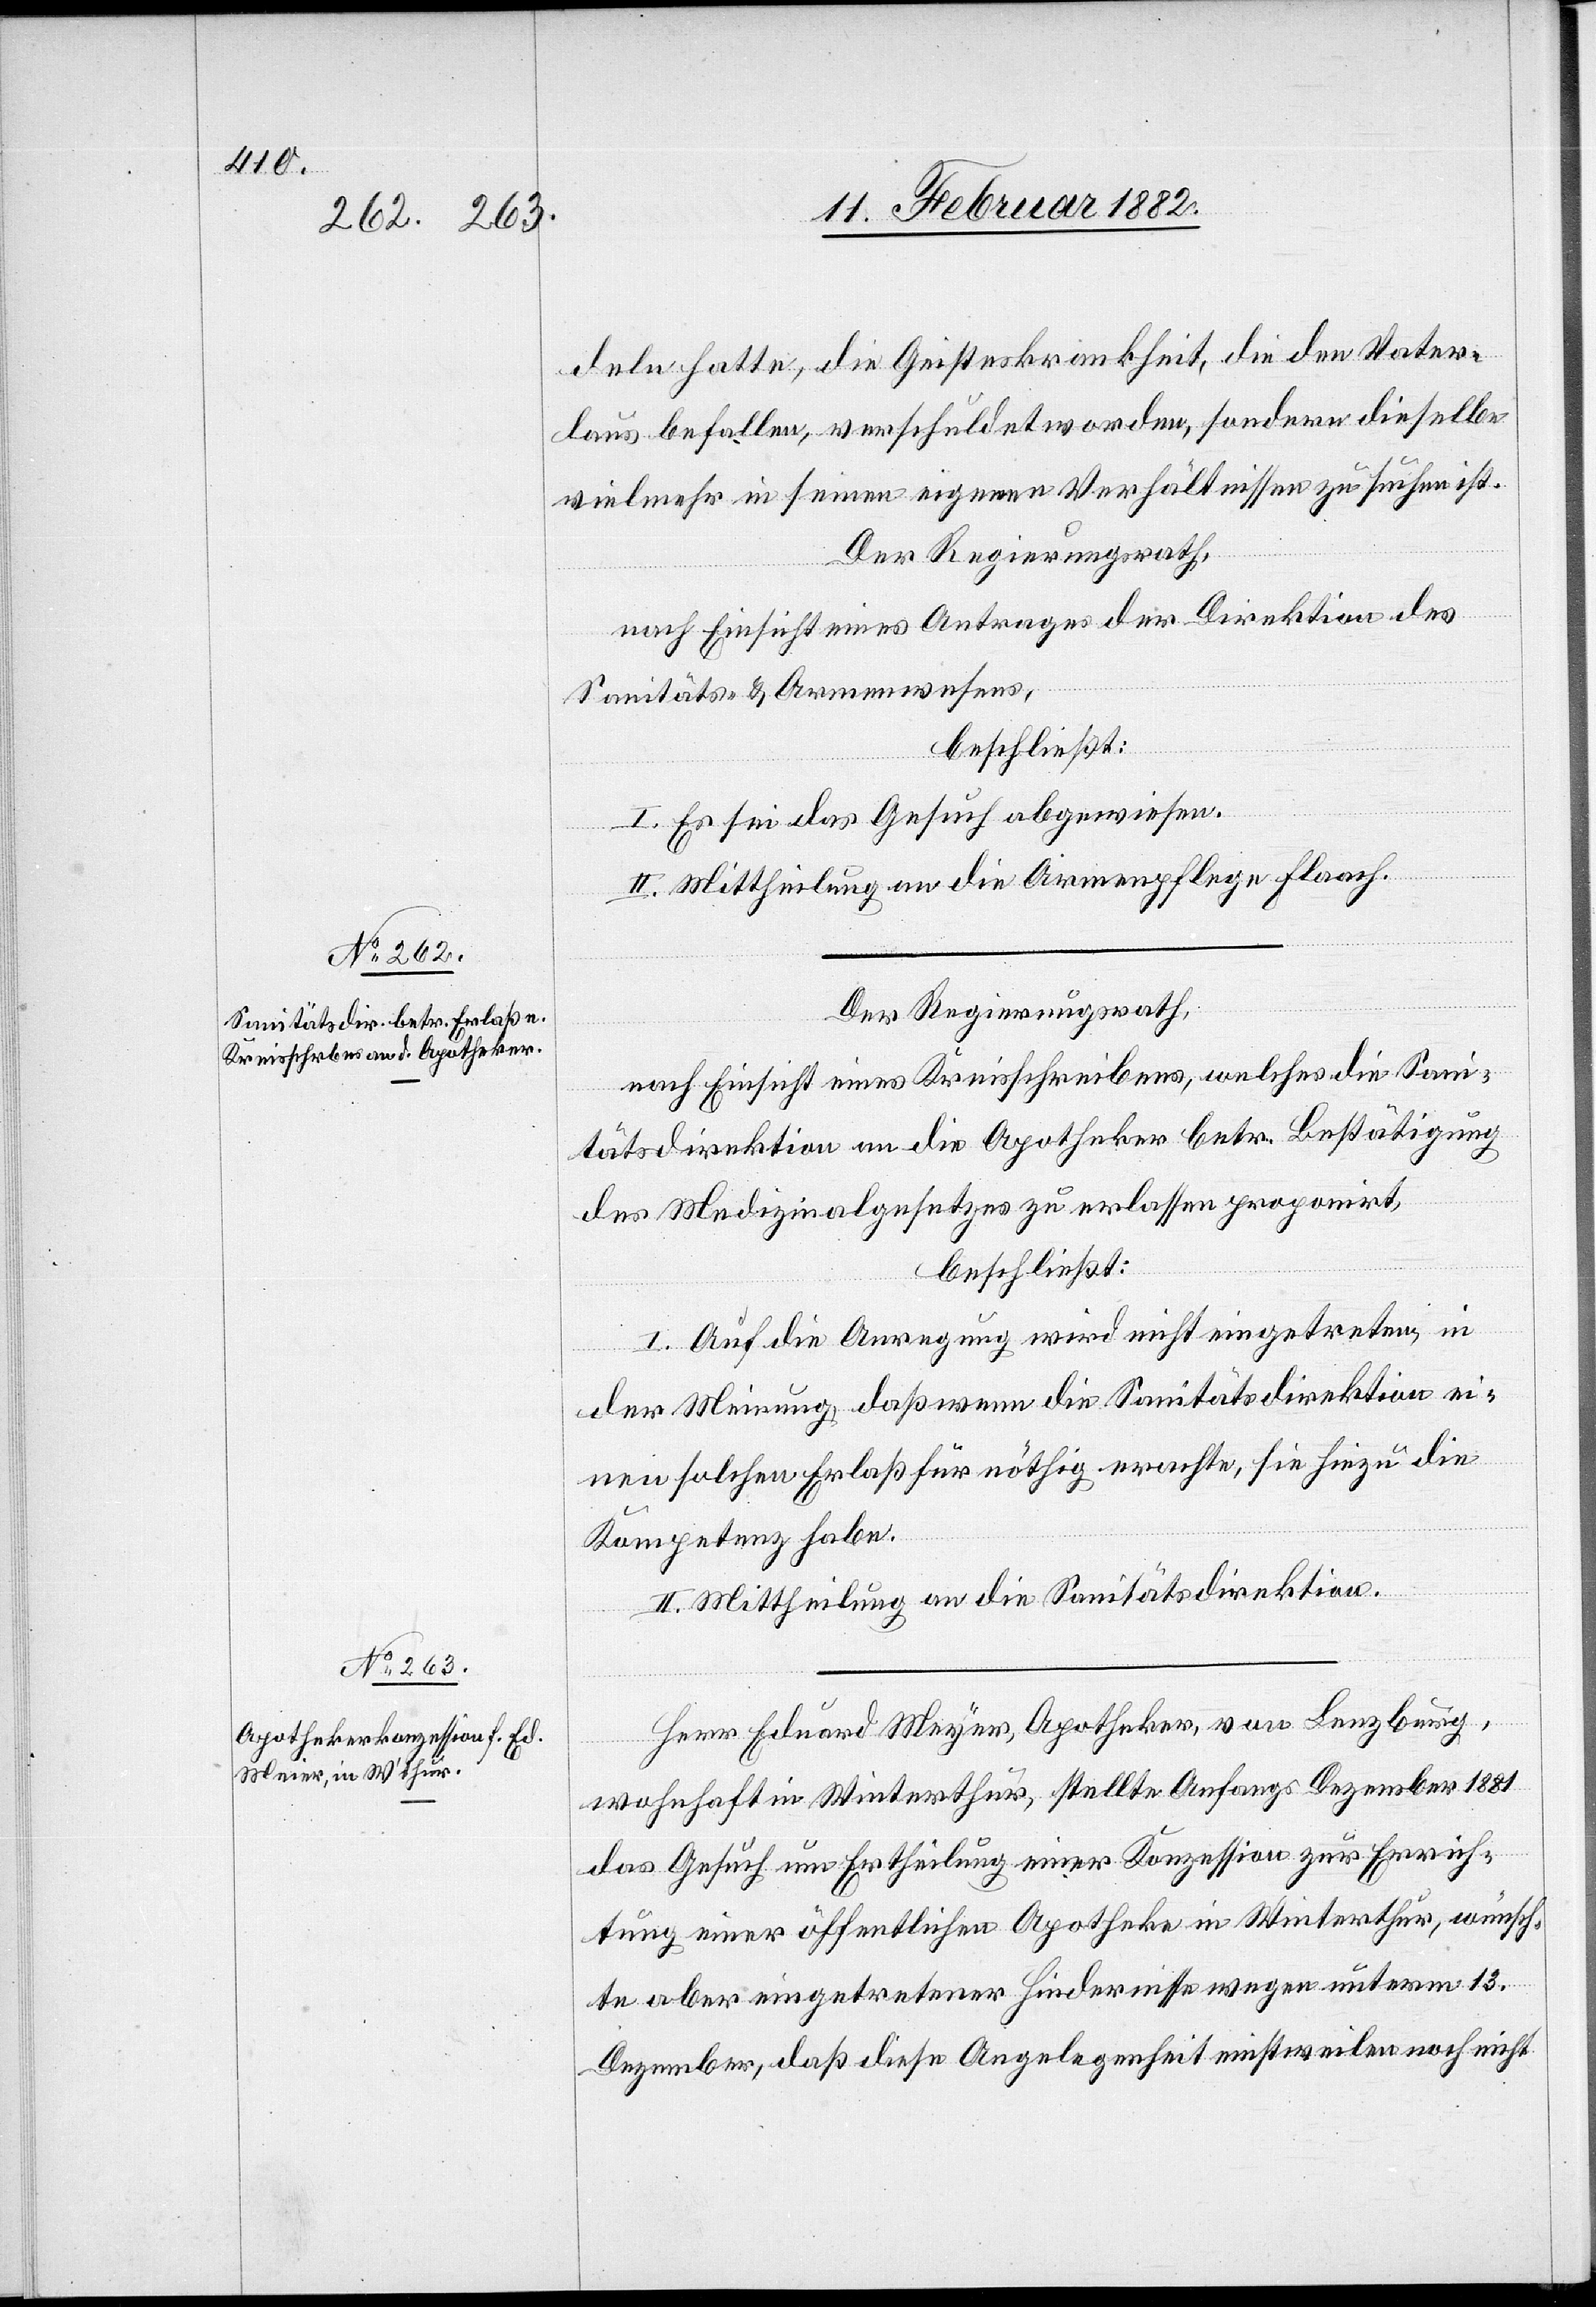
deln hatte, die Geisteskrankheit, die den Vater¬
laus befallen, verschuldet worden, sondern dieselbe
vielmehr in seinen eigenen Verhältnissen zu suchen ist.
Der Regierungsrath,
nach Einsicht eines Antrages der Direktion des
Sanitäts- & Armenwesens,
beschließt:
I. Es sei das Gesuch abgewiesen.
II. Mittheilung an die Armenpflege Flaach.
Der Regierungsrath,
nach Einsicht eines Kreisschreibens, welches die Sani¬
tätsdirektion an die Apotheker betr. Bestätigung
des Medizinalgesetzes zu erlassen proponirt,
beschließt:
I. Auf die Anregung wird nicht eingetreten, in
der Meinung, daß wenn die Sanitätsdirektion ei¬
nen solchen Erlaß für nöthig erachte, sie hiezu die
Kompetenz habe.
II. Mittheilung an die Sanitätsdirektion.